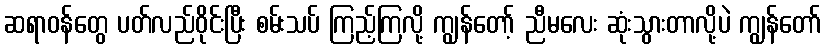
ဆရာဝန်တွေ ပတ်လည်ဝိုင်းပြီး စမ်းသပ် ကြည့်ကြလို့ ကျွန်တော့် ညီမလေး ဆုံးသွားတာလို့ပဲ ကျွန်တော်